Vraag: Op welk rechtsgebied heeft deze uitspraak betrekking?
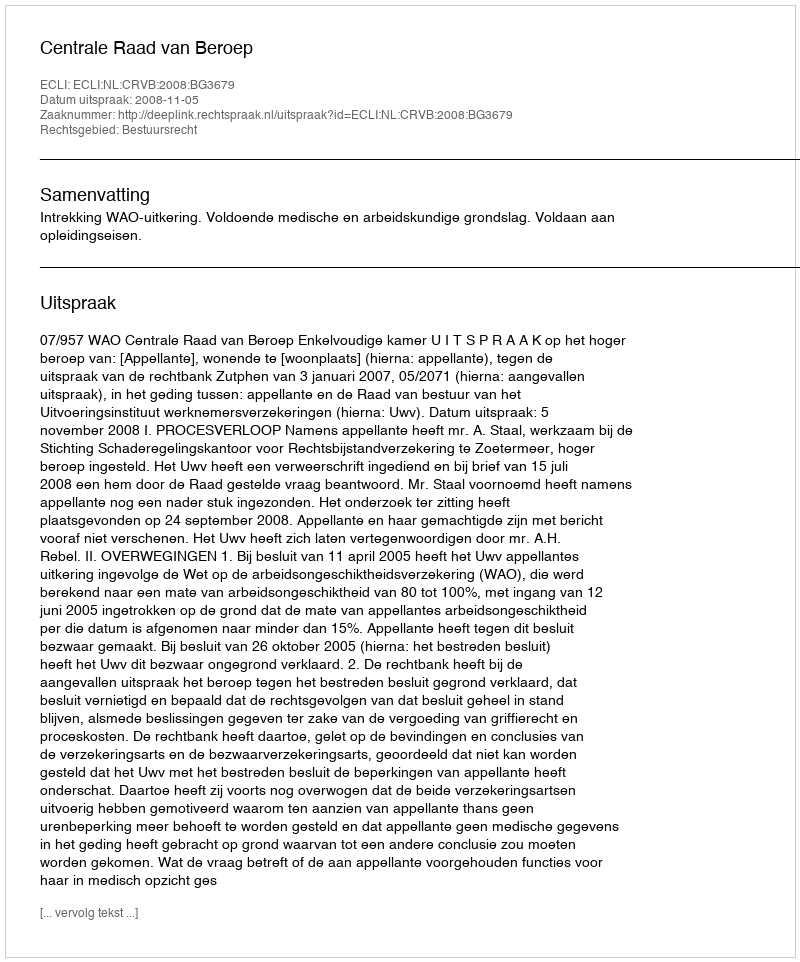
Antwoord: Bestuursrecht